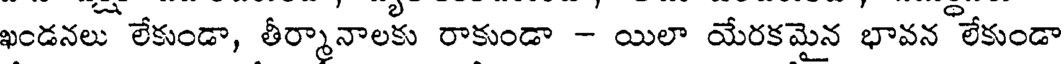
ఖండనలు లేకుండా, తీర్మానాలకు రాకుండా - యిలా యేరకమైన భావన లేకుండా